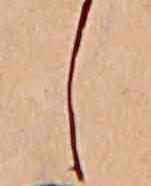
し